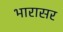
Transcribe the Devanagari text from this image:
भारासर